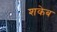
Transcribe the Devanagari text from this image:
शकेब